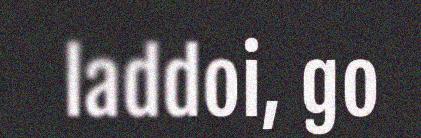
laddoi, go